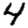
Digit: 4